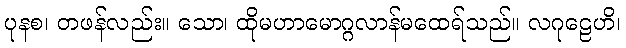
ပုနစ၊ တဖန်လည်း။ သော၊ ထိုမဟာမောဂ္ဂလာန်မထေရ်သည်။ လဂုဠေဟိ၊